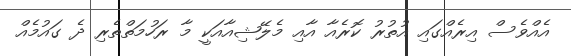
އެއްވެސް އިރެއްގައި އުތުރު ކޮރެއާ އާއި މެލޭޝިއާއަކީ މާ ރަހުމަތްތެރި ދެ ގައުމެއް